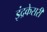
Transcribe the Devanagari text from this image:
इंद्रकेसरी